Cholera in India, 1862 to 1881
Year: 1862
Disease focus: Cholera
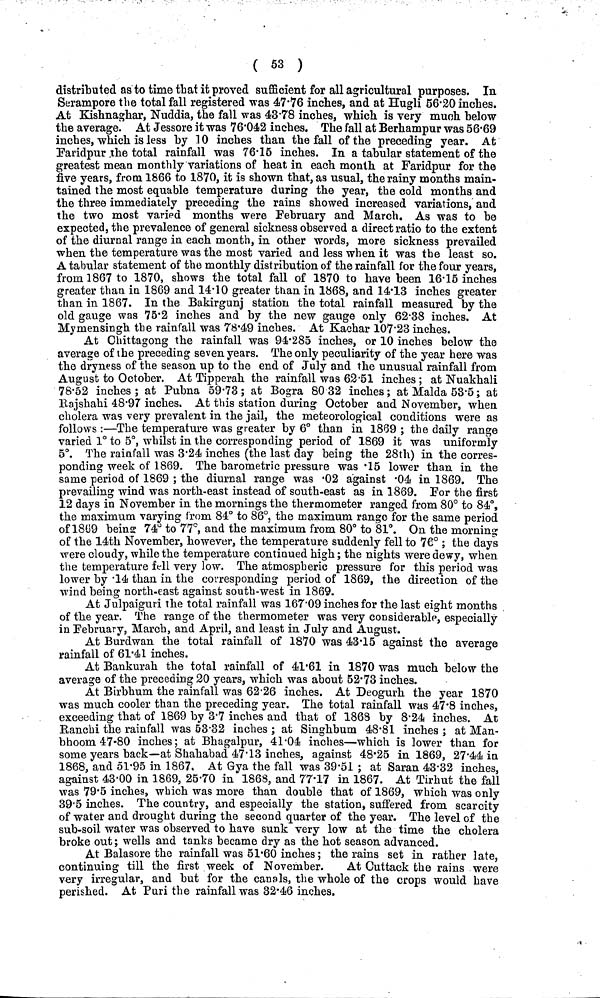
( 53 )
distributed as to time that it proved sufficient for all agricultural purposes. In
Serampore the total fall registered was 47·76 inches, and at Hugli 56·20 inches.
At Kishnaghar, Nuddia, the fall was 43·78 inches, which is very much below
the average! At Jessore it was 76·042 inches. The fall at Berhampur was 56·69
inches, which is less by 10 inches than the fall of the preceding year. At
Faridpur the total rainfall was 76·15 inches. In a tabular statement of the
greatest mean monthly variations of heat in each month at Faridpur for the
five years, from 1866 to 1870, it is shown that, as usual, the rainy months main-
tained the most equable temperature during the year, the cold months and
the three immediately preceding the rains showed increased variations, and
the two most varied months were February and March. As was to be
expected, the prevalence of general sickness observed a direct ratio to the extent
of the diurnal range in each month, in other words, more sickness prevailed
when the temperature was the most varied and less when it was the least so.
A tabular statement of the monthly distribution of the rainfall for the four years,
from 1867 to 1870, shows the total fall of 1870 to have been 16·15 inches
greater than in 1869 and 14·10 greater than in 1868, and 14·13 inches greater
than in 1867. In the Bakirgunj station the total rainfall measured by the
old gauge was 75·2 inches and by the new gauge only 62·38 inches. At
Mymensingh the rainfall was 78·49 inches. At Kachar 107·23 inches.
At Chittagong the rainfall was 94·285 inches, or 10 inches below the
average of the preceding seven years. The only peculiarity of the year here was
the dryness of the season up to the end of July and the unusual rainfall from
August to October. At Tipperah the rainfall was 62·51 inches; at Nuakhali
78·52 inches; at Pubna 59·73; at Bogra 8032 inches; at Malda 53·5; at
Rajshahi 48·97 inches. At this station during October and November, when
cholera was very prevalent in the jail, the meteorological conditions were as
follows :—The temperature was greater by 6° than in 1869 ; the daily range
varied 1° to 5°, whilst in the corresponding period of 1869 it was uniformly
5°. The raiafall was 3·24 inches (the last day being the 28th) in the corres-
ponding week of 1869. The barometric pressure was ·15 lower than in the
same period of 1869 ; the diurnal range was ·02 against ·04 in 1869. The
prevailing wind was north-east instead of south-east as in 1869. For the first
12 days in November in the mornings the thermometer ranged from 80° to 84°,
the maximum varying from 84° to 86°, the maximum range for the same period
of 1869 being 74° to 77°, and the maximum from 80° to 81°. On the morning
of the 14th November, however, the temperature suddenly fell to 76° ; the days
were cloudy, while the temperature continued high; the nights were dewy, when
the temperature fell very low. The atmospheric pressure for this period was
lower by ·14 than in the corresponding period of 1869, the direction of the
wind being north-east against south-west in 1869.
At Julpaiguri the total rainfall was 167·09 inches for the last eight months
of the year. The range of the thermometer was very considerable, especially
in February, March, and April, and least in July and August.
At Burdwan the total rainfall of 1870 was 43·15 against the average
rainfall of 61·41 inches.
At Bankurah the total rainfall of 41·61 in 1870 was much below the
average of the preceding 20 years, which was about 52·73 inches.
At Birbhum the rainfall was 62·26 inches. At Deogurh the year 1870
was much cooler than the preceding year. The total rainfall was 47·8 inches,
exceeding that of 1869 by 3·7 inches and that of 1868 by 8 ·24 inches. At
Ranchi the rainfall was 53·32 inches ; at Singhbum 48·81 inches ; at Man-
bhoom 47·80 inches; at Bhagalpur, 41·04 inches—which is lower than for
some years back—at Shahabad 47·13 inches, against 48·25 in 1869, 27·44 in
1868, and 51·95 in 1867, At Gya the fall was 39·51 ; at Saran 43·32 inches,
against 43·00 in 1869, 25·70 in 1868, and 77·17 in 1867. At Tirhut the fall
was 79·5 inches, which was more than double that of 1869, which was only
39·5 inches. The country, and especially the station, suffered from scarcity
of water and drought during the second quarter of the year. The level of the
sub-soil water was observed to have sunk very low at the time the cholera
broke out; wells and tanks became dry as the hot season advanced.
At Balasore the rainfall was 51·60 inches; the rains set in rather late,
continuing till the first week of November.
At Cuttack the rains were
very irregular, and but for the canals, the whole of the crops would have
perished. At Puri the rainfall was 32·46 inches.